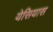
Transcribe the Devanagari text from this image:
येसियास